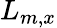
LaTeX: L_{m,x}